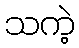
သကဲ့